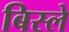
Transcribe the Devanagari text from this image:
बिस्ले